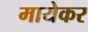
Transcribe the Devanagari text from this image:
मायेकर